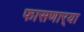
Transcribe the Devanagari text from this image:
फासणार्‍या